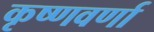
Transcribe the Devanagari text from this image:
कृष्णवर्णा